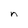
Character: n